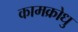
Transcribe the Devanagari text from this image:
कामक्रोधु